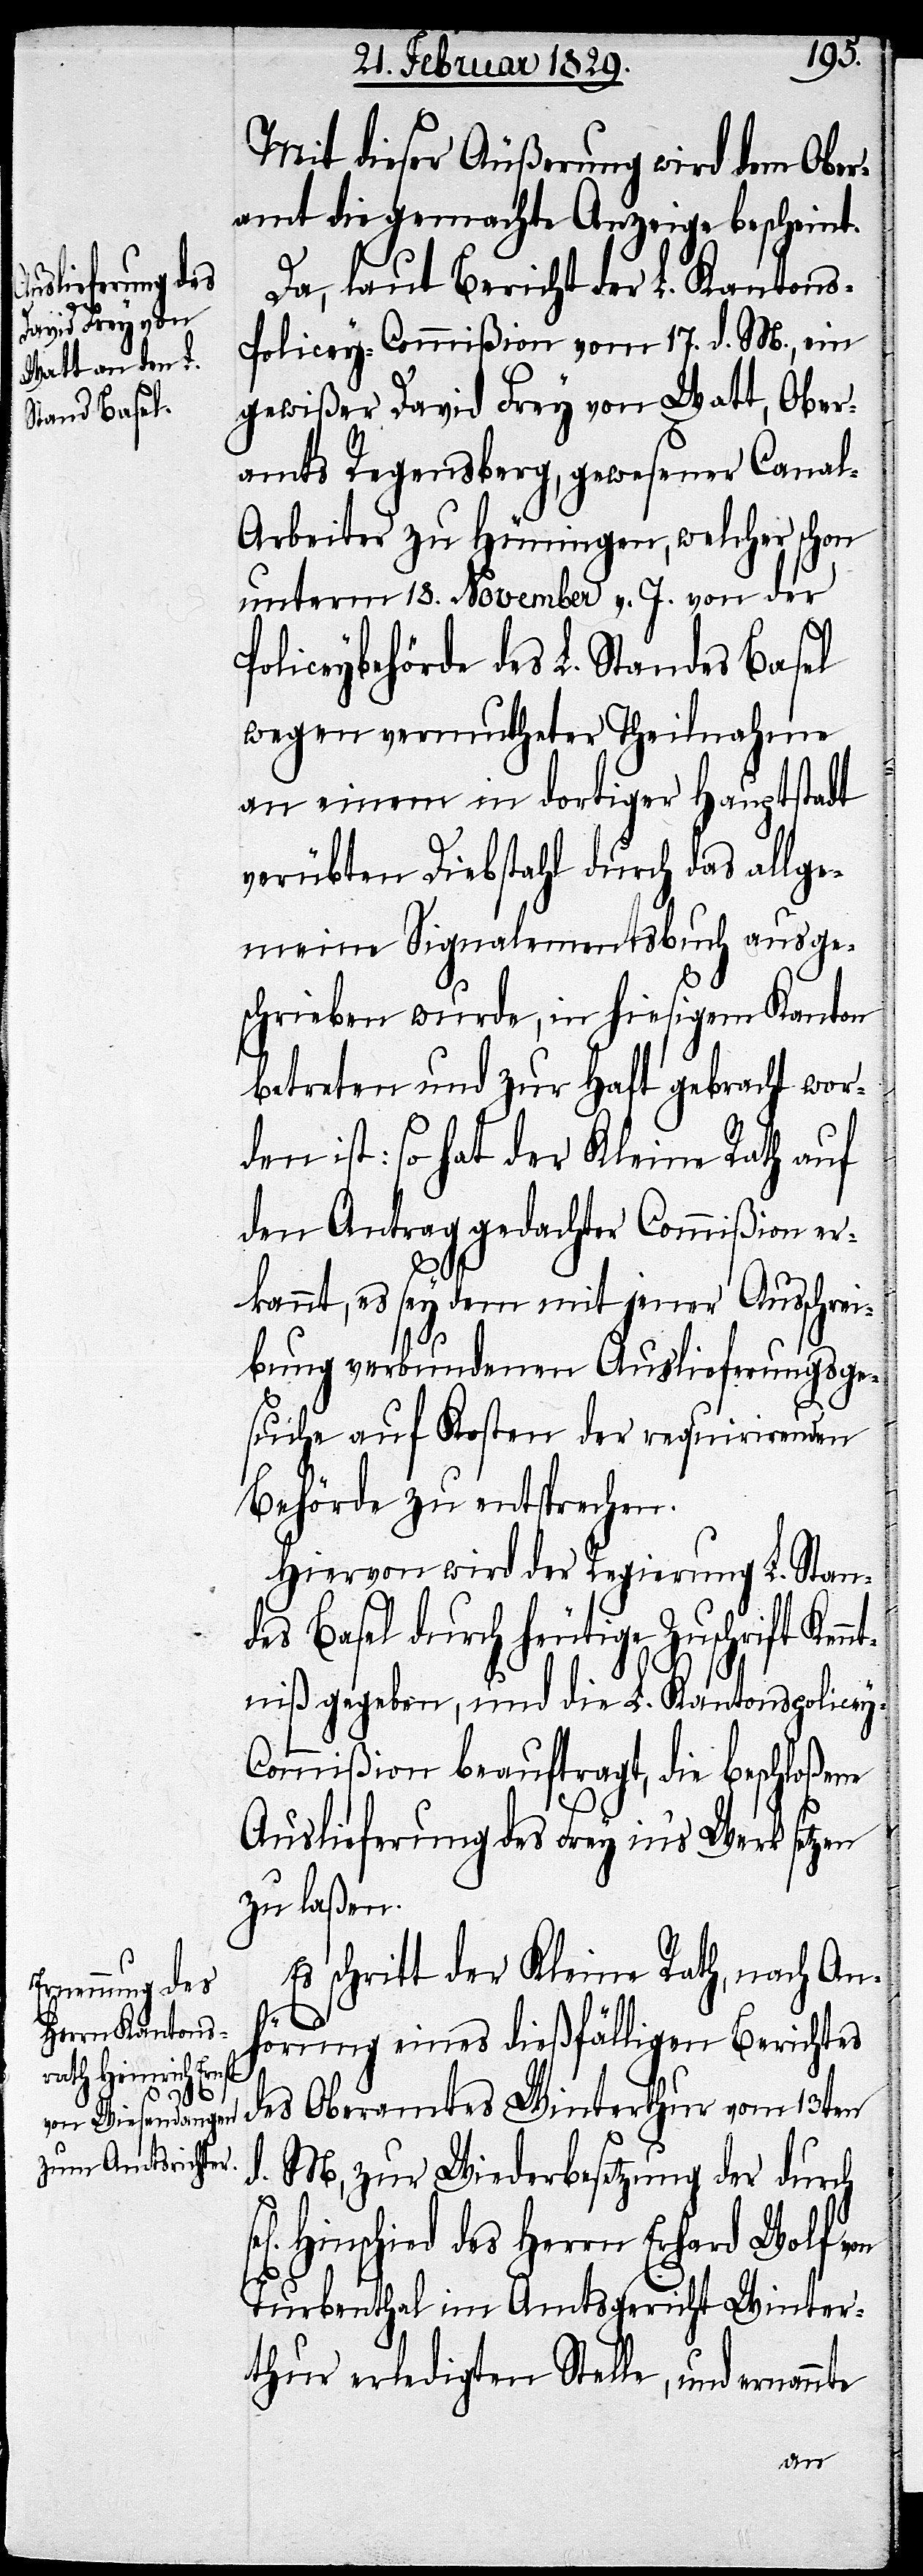
Mit dieser Äußerung wird dem Ober¬
amt die gemachte Anzeige bescheint.
Da, laut Bericht der L. Kanton¬
s-Policey-Commißion vom 17. d. M., ein
gewißer David Frey von Watt, Ober¬
amts Regensberg, gewesener Cana¬
l-Arbeiter zu Hüningen, welcher schon
unterm 18. November v. J. von der
Policeybehörde des L. Standes Basel
wegen vermutheter Theilnahme
an einem in dortiger Hauptstadt
verübten Diebstahl durch das allge¬
meine Signalementsbuch ausge¬
schrieben wurde, in hiesigem Kanton
betreten und zur Haft gebracht wor¬
den ist: so hat der Kleine Rath auf
den Antrag gedachter Commißion er¬
kannt, es sey dem mit jener Ausschrei¬
bung verbundenen Auslieferungsge¬
suche auf Kosten der requirirenden
Behörde zu entsprechen.
Hiervon wir der Regierung L. Stan¬
des Basel durch heutige Zuschrift Ken¬
ntniß gegeben, und die L. Kantonspolicey-C¬
ommißion beauftragt, die beschloßene
Auslieferung des Frey in’s Werk setzen
zu laßen.
Es schritt der Kleine Rath, nach An¬
hörung eines dießfälligen Berichtes
des Oberamtes Winterthur vom 13ten
d. M, zur Wiederbesetzung der durch
Hinschied des Herrn Erhard Wolf
Turbenthal im Amtsgericht Winter¬
thur erledigten Stelle, und ernannte